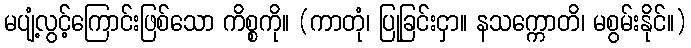
မပျံ့လွင့်ကြောင်းဖြစ်သော ကိစ္စကို။ (ကာတုံ၊ ပြုခြင်းငှာ။ နသက္ကောတိ၊ မစွမ်းနိုင်။)